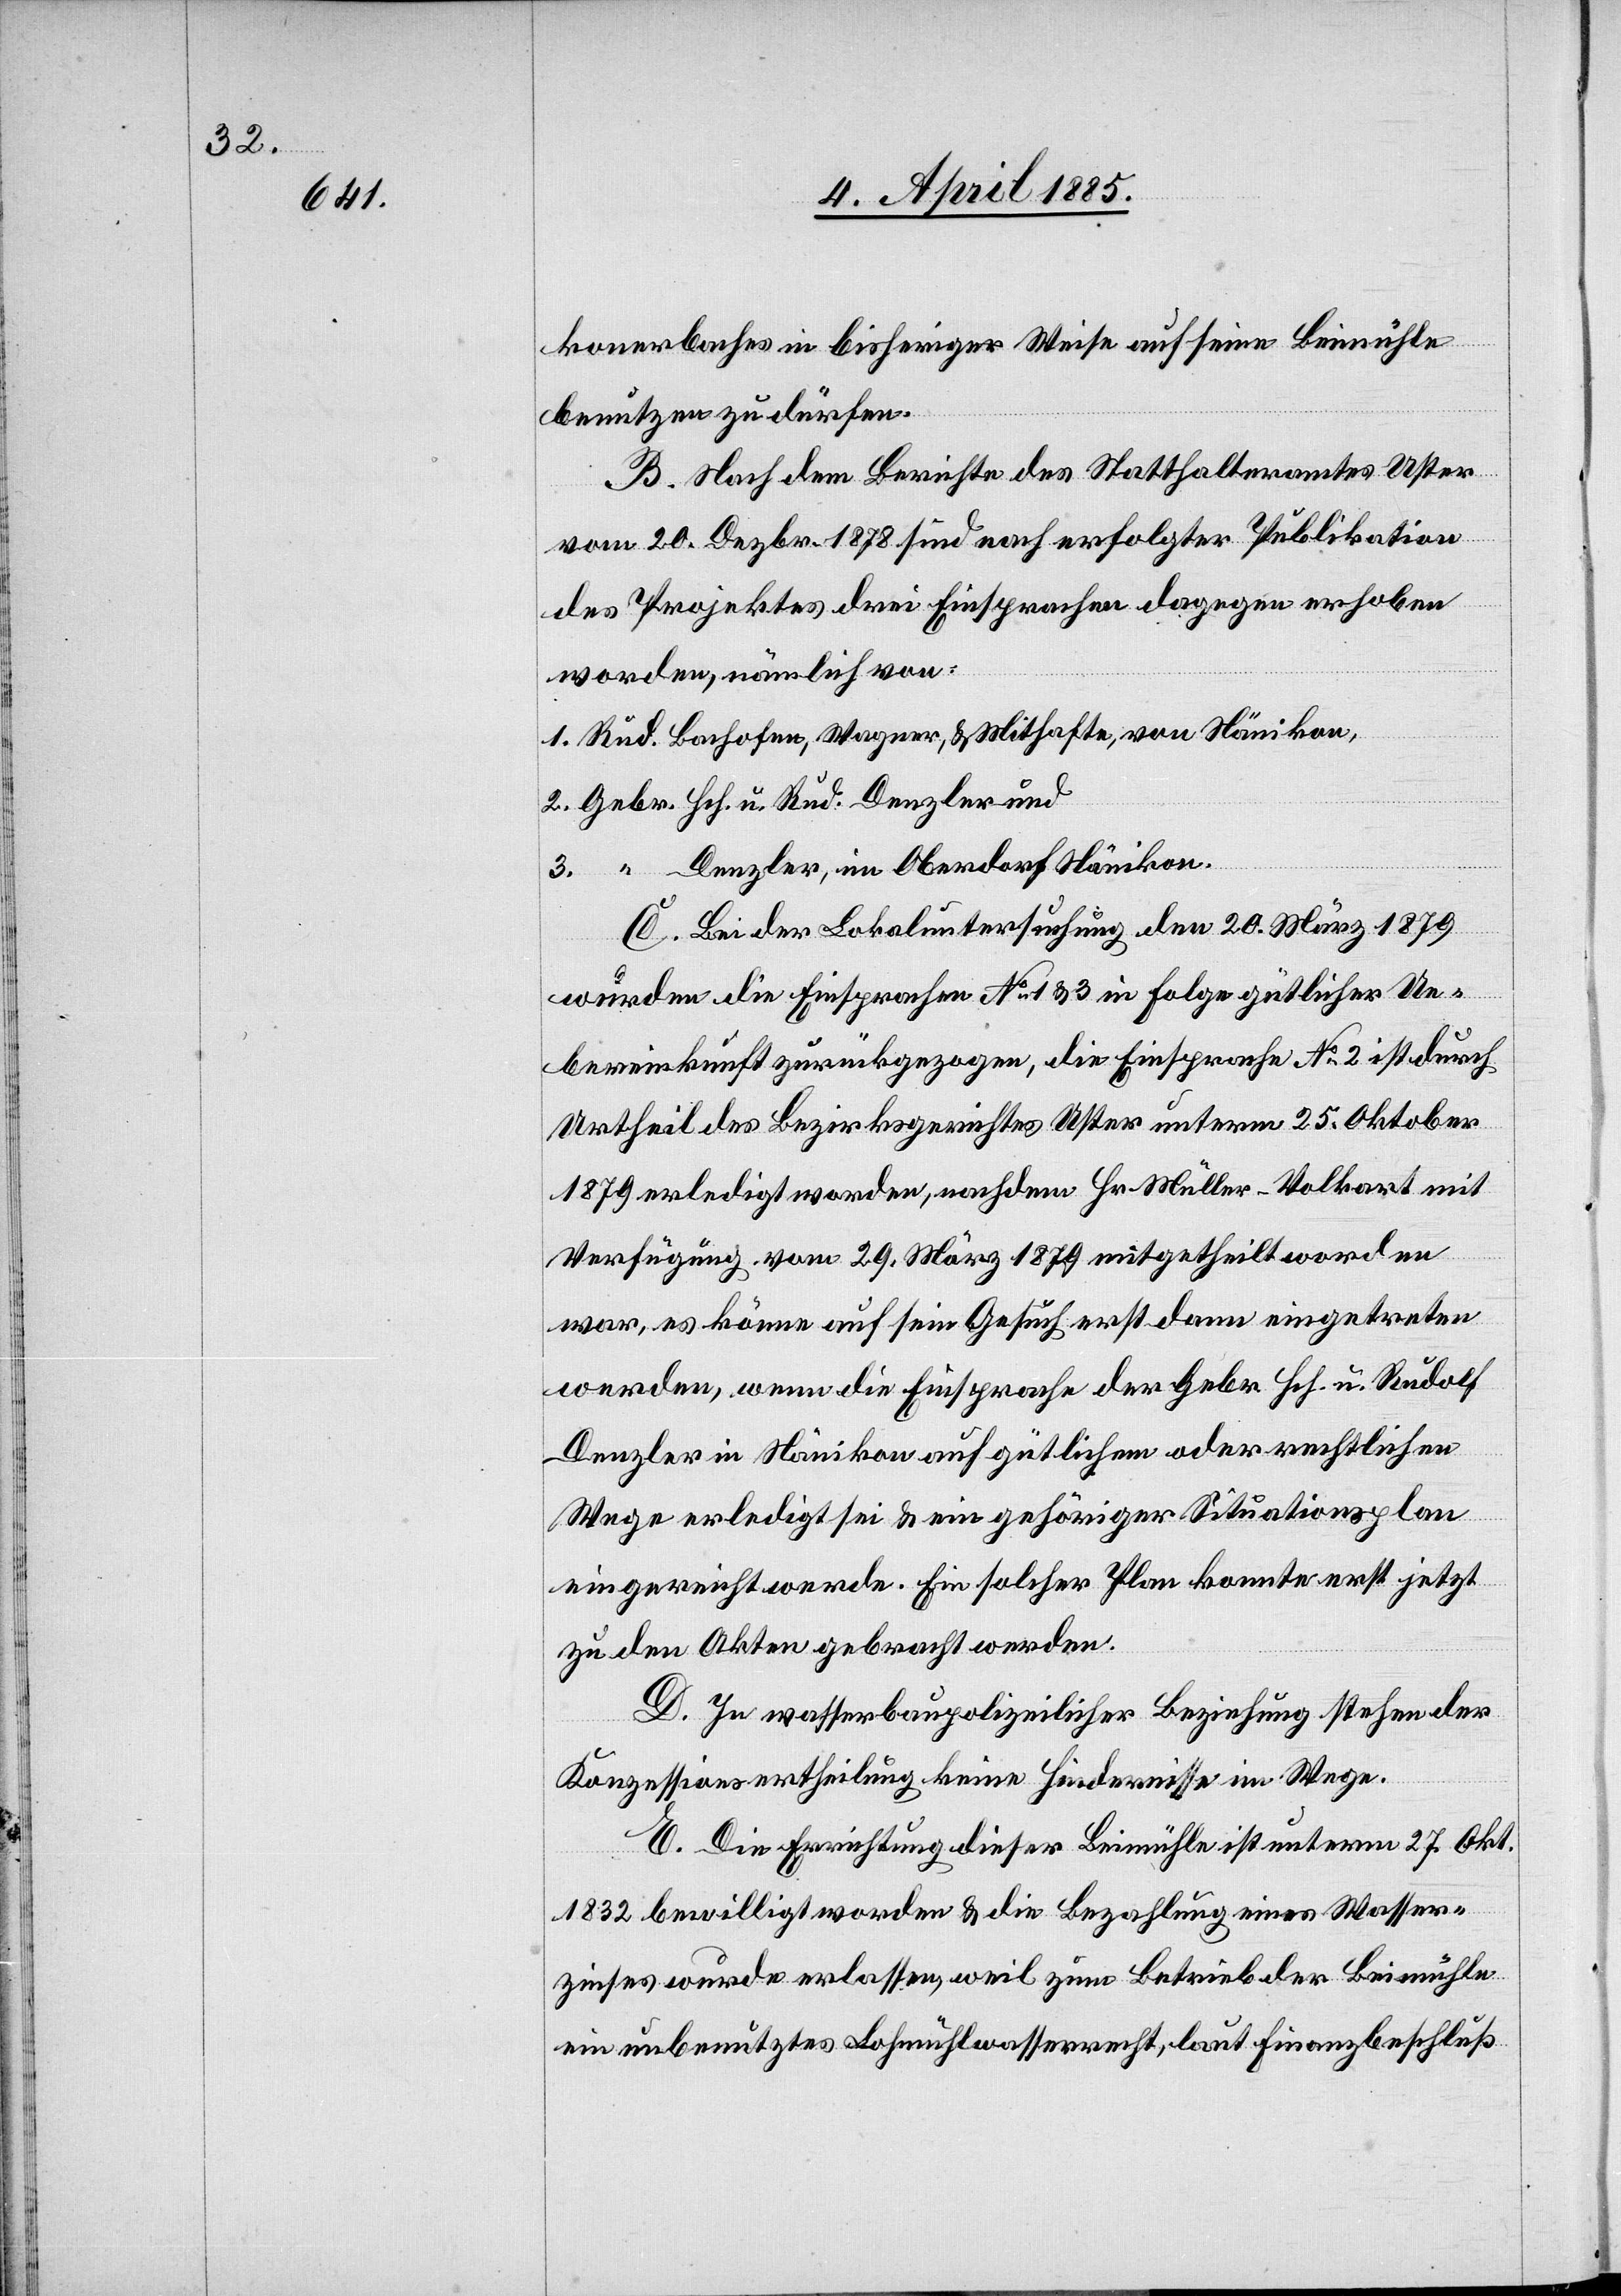
konerbaches in bisheriger Weise auf seine Beimühle
benutzen zu dürfen.
B. Nach dem Berichte des Statthalteramtes Uster
vom 20. Dezbr. 1878 sind nach erfolgter Publikation
des Projektes drei Einsprachen dagegen erhoben
worden, nämlich von:
Denzler, im Oberdorf Nänikon.
C. Bei der Lokaluntersuchung den 20. März 1879
wurden die Einsprachen No 133 in Folge gütlicher Ue¬
bereinkunft zurückgezogen, die Einsprache No 2 ist durch
Urtheil des Bezirksgerichtes Uster unterm 25. Oktober
1879 erledigt worden, nachdem Hr. Müller-Volkart mit
Verfügung vom 29. März 1879 mitgetheilt worden
war, es könne auf sein Gesuch erst dann eingetreten
werden, wenn die Einsprache der Gebr. Hch u. Rudolf
Denzler in Nänikon auf gütlichem oder rechtlichen
Wege erledigt sei & ein gehörger Situationsplan
eingereicht werde. Ein solcher Plan konnte erst jetzt
zu den Akten gebracht werden.
D. In wasserbaupolizeilicher Beziehung stehen der
Konzessionsertheilung keine Hindernisse im Wege.
E. Die Errichtung dieser Beimühle ist unterm 27. Okt.
1832 bewilligt worden & die Bezahlung eines Wasser¬
zinses wurde erlassen, weil zum Betrieb der Beimühle
ein unbenutztes Lohmühlwasserrecht, laut Finanzbeschluß